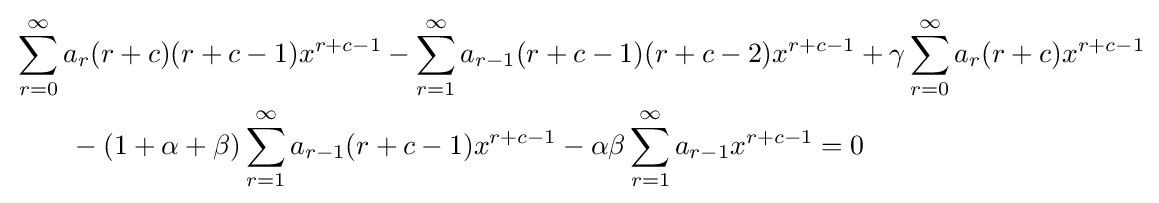
{\begin{aligned}&\sum _{r=0}^{\infty }a_{r}(r+c)(r+c-1)x^{r+c-1}-\sum _{r=1}^{\infty }a_{r-1}(r+c-1)(r+c-2)x^{r+c-1}+\gamma \sum _{r=0}^{\infty }a_{r}(r+c)x^{r+c-1}\\&\qquad -(1+\alpha +\beta )\sum _{r=1}^{\infty }a_{r-1}(r+c-1)x^{r+c-1}-\alpha \beta \sum _{r=1}^{\infty }a_{r-1}x^{r+c-1}=0\end{aligned}}